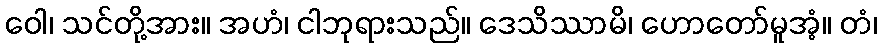
ဝေါ၊ သင်တို့အား။ အဟံ၊ ငါဘုရားသည်။ ဒေသိဿာမိ၊ ဟောတော်မူအံ့။ တံ၊